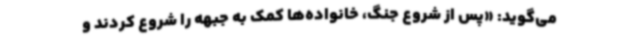
می‌گوید: «پس از شروع جنگ، خانواده‌ها کمک به جبهه را شروع کردند و